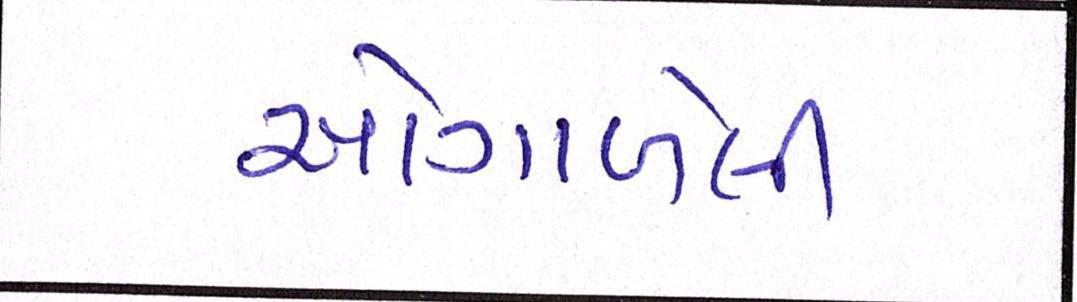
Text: ઓગાળેલી